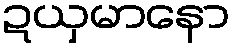
ဍယှမာနော